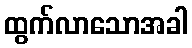
ထွက်လာသောအခါ